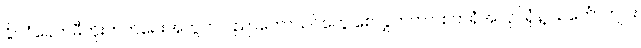
နိုင်ငံခေတ်မီတိုးတက်ရေးအတွက် ပညာတော်သင်တွေ စေလွှတ်တာ၊ စက်ရုံအလုပ်ရုံနဲ့ သင်္ဘောကျင်း